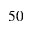
5 0